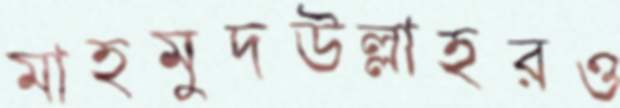
মাহমুদউল্লাহরও